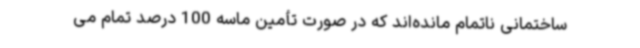
ساختمانی‌ ناتمام مانده‌اند که در صورت تأمین ماسه 100 درصد تمام می